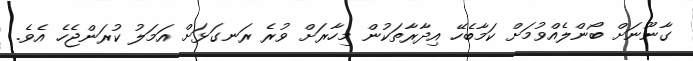
ގާނޫނަށް ބޯންލެއްވުމަށް ކަމާބެހޭ އިދާރާތަކުން މިހާރަށް ވުރެ ރަނގަޅަށް އަމަލު ކުރަންޖެހެ އެވެ.